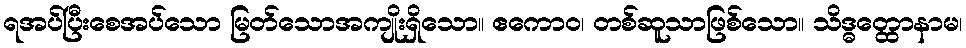
ရအပ်ပြီးစေအပ်သော မြတ်သောအကျိုးရှိသော။ ဧကောဝ၊ တစ်ဆူသာဖြစ်သော။ သိဒ္ဓတ္ထောနာမ၊